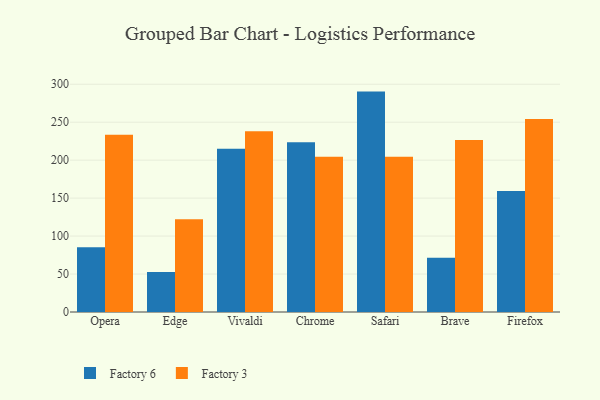
{"axis": {"x": "Browser", "y": "Humidity (%)"}, "legend": ["Factory 3", "Factory 6"], "data": [{"x": "Opera", "y": 85.3, "type": "Factory 6"}, {"x": "Opera", "y": 233.5, "type": "Factory 3"}, {"x": "Edge", "y": 52.8, "type": "Factory 6"}, {"x": "Edge", "y": 122.2, "type": "Factory 3"}, {"x": "Vivaldi", "y": 215.0, "type": "Factory 6"}, {"x": "Vivaldi", "y": 238.2, "type": "Factory 3"}, {"x": "Chrome", "y": 223.5, "type": "Factory 6"}, {"x": "Chrome", "y": 204.6, "type": "Factory 3"}, {"x": "Safari", "y": 290.3, "type": "Factory 6"}, {"x": "Safari", "y": 204.6, "type": "Factory 3"}, {"x": "Brave", "y": 71.3, "type": "Factory 6"}, {"x": "Brave", "y": 226.4, "type": "Factory 3"}, {"x": "Firefox", "y": 159.5, "type": "Factory 6"}, {"x": "Firefox", "y": 254.2, "type": "Factory 3"}]}